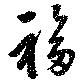
福